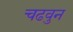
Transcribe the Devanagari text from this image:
चढवुन